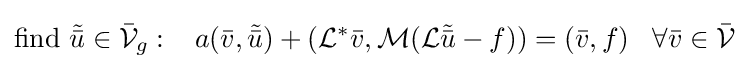
{\text{find }}{\tilde {\bar {u}}}\in {\mathcal {\bar {V}}}_{g}:\;\;\;a({\bar {v}},{\tilde {\bar {u}}})+({\mathcal {L}}^{*}{\bar {v}},{\mathcal {M}}({\mathcal {L}}{\tilde {\bar {u}}}-f))=({\bar {v}},f)\;\;\;\forall {\bar {v}}\in {\mathcal {\bar {V}}}